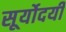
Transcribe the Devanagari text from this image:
सूर्योदयीं